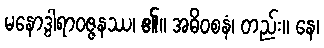
မနောဒွါရာဝဇ္ဇနဿ၊ ၏။ အဓိဝစနံ၊ တည်း။ နေ၊